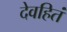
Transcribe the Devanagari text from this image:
देवहितं